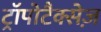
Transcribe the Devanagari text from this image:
ट्रॉपोटैक्सेज़